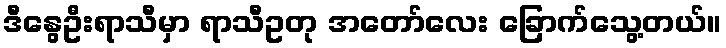
ဒီနွေဦးရာသီမှာ ရာသီဥတု အတော်လေး ခြောက်သွေ့တယ်။